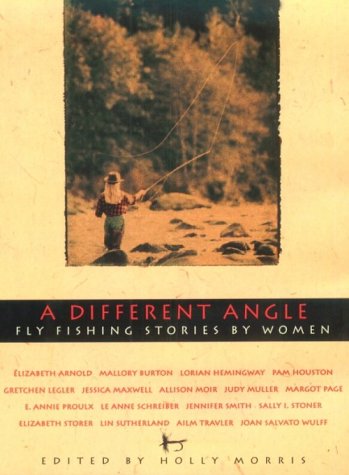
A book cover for A Different Angle: Fly Fishing Stories by Women; Sports & Outdoors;